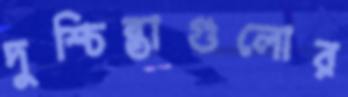
দুশ্চিন্তাগুলোর